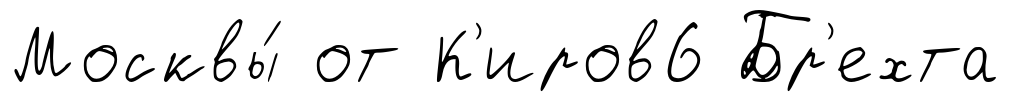
Москвы́ от К'иров6 Бр'ехта